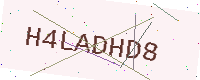
Text: H4LADHD8